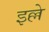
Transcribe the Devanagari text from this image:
इल्ले